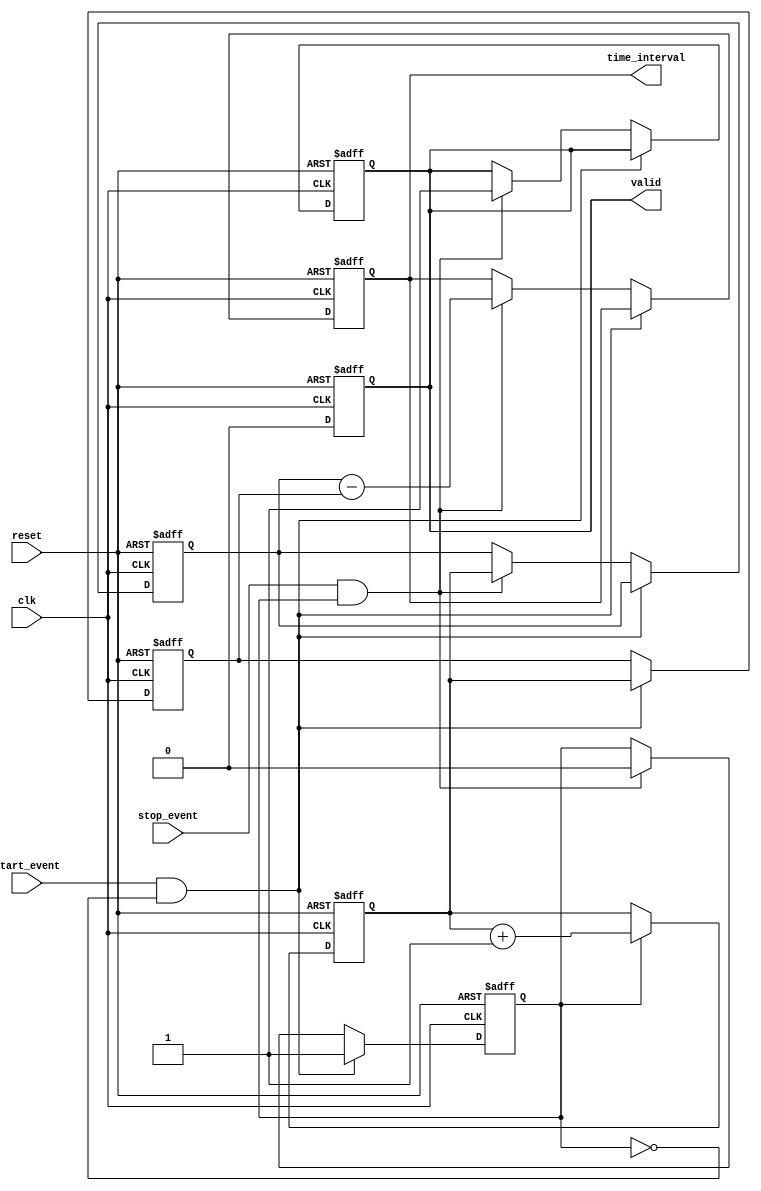
module TDC (
    input wire clk,            // High-frequency clock
    input wire reset,          // Asynchronous reset
    input wire start_event,    // Start event signal
    input wire stop_event,     // Stop event signal
    output reg [31:0] time_interval, // Output time interval
    output reg valid           // Indicates valid output
);

    reg [31:0] counter;        // Counter to track time
    reg [31:0] start_time;     // Timestamp for start event
    reg [31:0] stop_time;      // Timestamp for stop event
    reg capturing;             // State to indicate capturing mode

    // Counter logic
    always @(posedge clk or posedge reset) begin
        if (reset) begin
            counter <= 32'b0;
        end else begin
            if (capturing) begin
                counter <= counter + 1; // Increment counter
            end
        end
    end

    // Event detection and timestamp storage
    always @(posedge clk or posedge reset) begin
        if (reset) begin
            start_time <= 32'b0;
            stop_time <= 32'b0;
            valid <= 1'b0;
            capturing <= 1'b0;
            time_interval <= 32'b0;
        end else begin
            if (start_event && !capturing) begin
                start_time <= counter; // Capture start time
                capturing <= 1'b1;      // Start capturing time
            end else if (stop_event && capturing) begin
                stop_time <= counter;  // Capture stop time
                capturing <= 1'b0;      // Stop capturing time
                time_interval <= stop_time - start_time; // Calculate time interval
                valid <= 1'b1;          // Indicate valid output
            end
        end
    end

    // Reset valid signal after reading
    always @(posedge clk or posedge reset) begin
        if (reset) begin
            valid <= 1'b0;
        end else if (valid) begin
            valid <= 1'b0; // Reset valid signal for the next measurement
        end
    end

endmodule